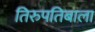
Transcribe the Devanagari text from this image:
तिरुपतिबाला